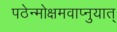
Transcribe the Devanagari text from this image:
पठेन्मोक्षमवाप्नुयात्